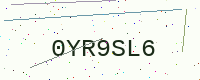
Text: 0YR9SL6